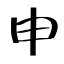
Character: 申